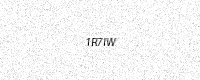
Text: 1R7IW